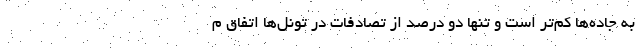
به جاده‌ها کم‌تر است و تنها دو درصد از تصادفات در تونل‌ها اتفاق م